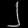
Digit: ၂